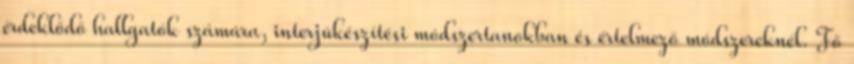
érdeklődő hallgatók számára, interjúkészítési módszertanokban és értelmező módszereknél. Fő